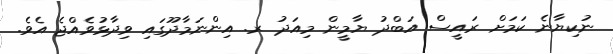
ނުކިޔާނެ ކަމަށް ރައީސް އަބްދު ޔާމީން މިއަދު ރ. އިންނަމާދޫގައި ވިދާޅުވެއްޖެ އެވެ.